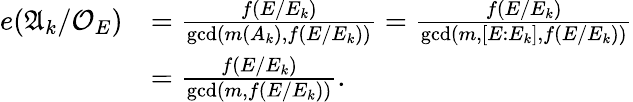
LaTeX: \begin{array}{rl}{e(\mathfrak{A}_{k}/\mathcal{O}_{E})}&{=\frac{f(E/E_{k})}{\operatorname*{gcd}(m(A_{k}),f(E/E_{k}))}=\frac{f(E/E_{k})}{\operatorname*{gcd}(m,[E:E_{k}],f(E/E_{k}))}}\\ &{=\frac{f(E/E_{k})}{\operatorname*{gcd}(m,f(E/E_{k}))}.}\end{array}